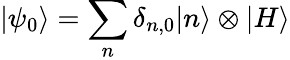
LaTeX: |\psi_{0}\rangle=\sum_{n}\delta_{n,0}|n\rangle\otimes|H\rangle